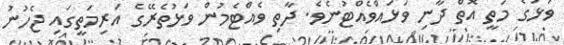
ވަޅުގެ މަތީ އޮތް ދާނި ވަޅައްވެއްޓުނެވެ. ދާތި ވެއްޓެމުން ވަޅުތެރޭގެ އަރިމަތީގައި ޖެހުނު